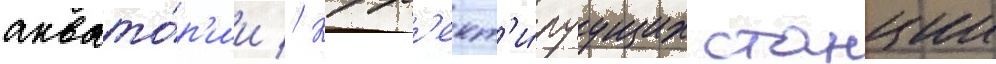
аквато́р'ии // Корр'ект'и́руущих станции